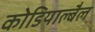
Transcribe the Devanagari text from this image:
कोडियाल्बैल